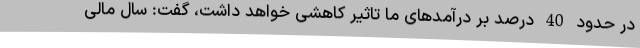
در حدود 40 درصد بر درآمدهای ما تاثیر کاهشی خواهد داشت، گفت: سال مالی